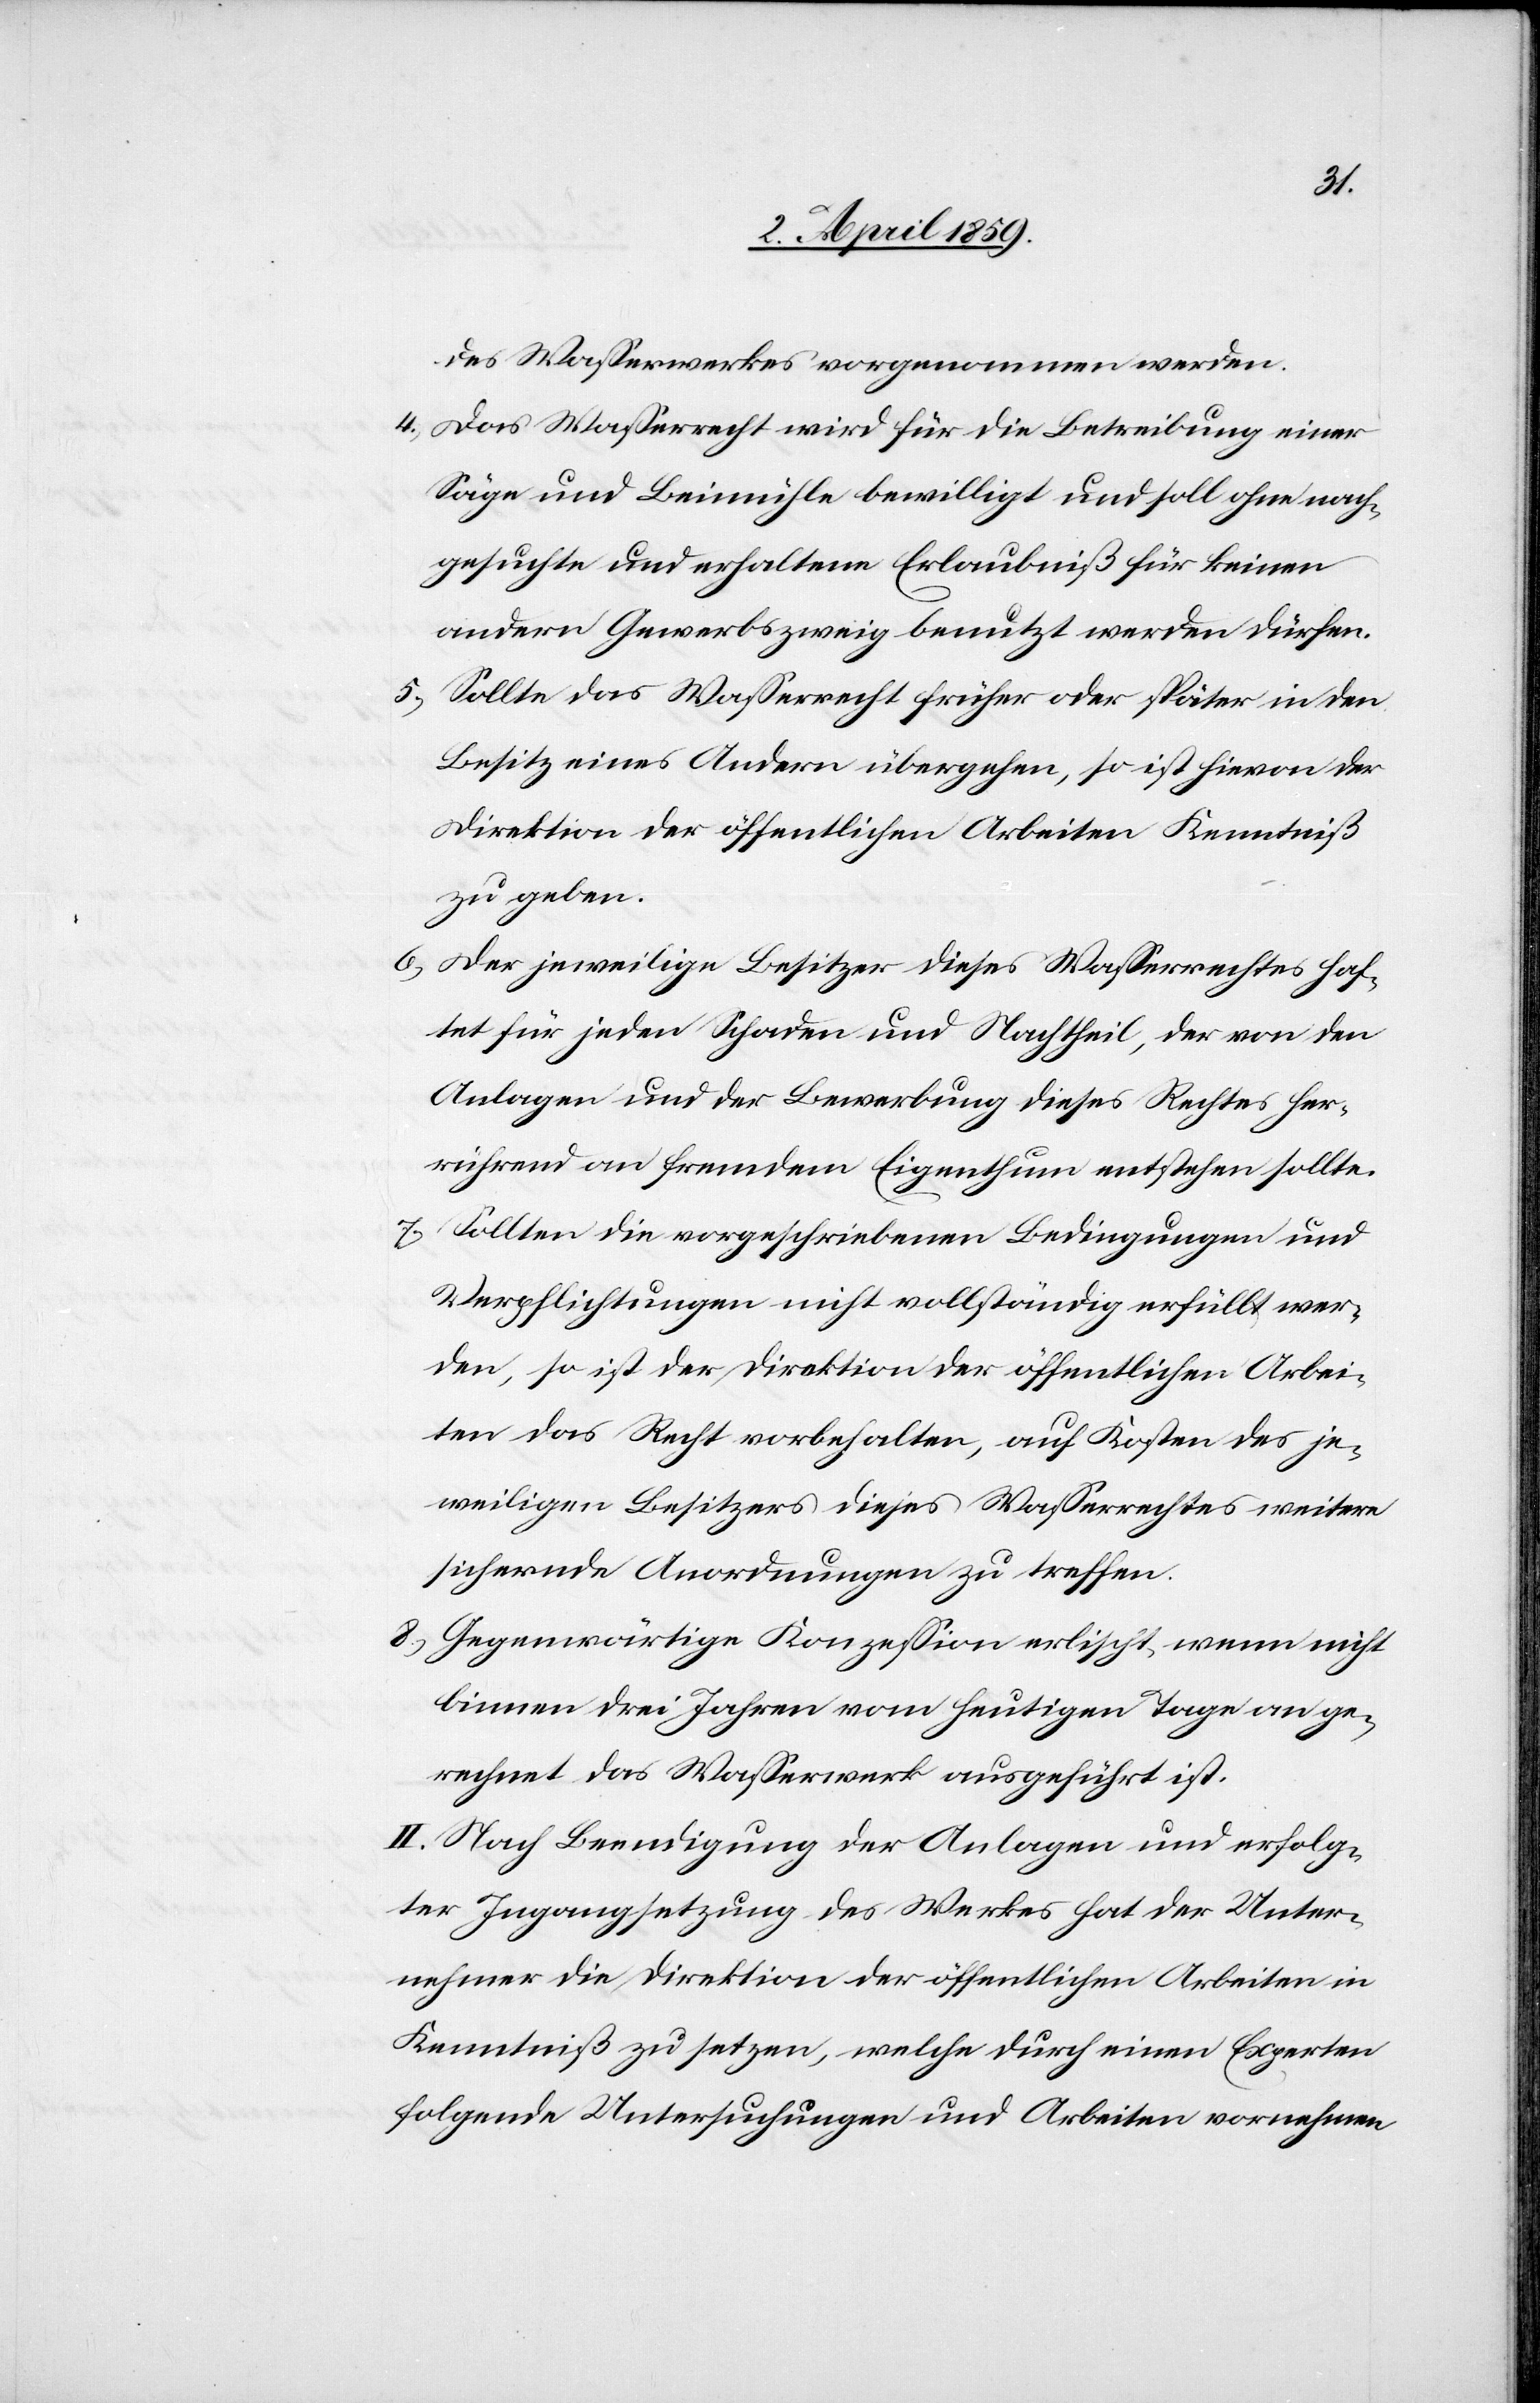
des Waßerwerkes vorgenommen werden.
4) Das Waßerrecht wird für die Betreibung einer
Säge und Beimühle bewilligt und soll ohne nach¬
gesuchte und erhaltene Erlaubniß für keinen
anderen Gewerbszweig benutzt werden dürfen.
5)
Sollte das Waßerrecht früher oder später in den
Besitz eines Andern übergehen, so ist hievon der
Direktion der öffentlichen Arbeiten Kenntniß
zu geben.
6) Der jeweilige Besitzer dieses Waßerrechtes haf¬
tet für jeden Schaden und Nachtheil, der von den
Anlagen und der Bewerbung dieses Rechtes her¬
rührend an fremdem Eigenthum entstehen sollte.
7) Sollten die vorgeschriebenen Bedingungen und
Verpflichtungen nicht vollständig erfüllt wer¬
den, so ist der Direktion der öffentlichen Arbei¬
ten das Recht vorbehalten, auf Kosten des je¬
weiligen Besitzers dieses Waßerrechtes weitere
sichernde Anordnungen zu treffen.
8) Gegenwärtige Konzeßion erlischt, wenn nicht
binnen drei Jahren vom heutigen Tage an ge¬
rechnet das Waßerwerk ausgeführt ist.
II. Nach Beendigung der Anlagen und erfolg¬
ter Ingangsetzung des Werkes hat der Unter¬
nehmer die Direktion der öffentlichen Arbeiten in
Kenntniß zu setzen, welche durch einen Experten
folgende Untersuchungen und Arbeiten vornehmen